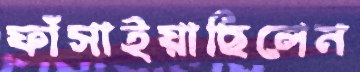
ফাঁসাইয়াছিলেন